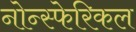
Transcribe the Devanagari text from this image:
नोन्स्फेरिकल